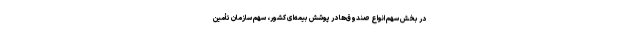
در بخش سهم انواع صندوق‌ها در پوشش بیمه‌ای کشور، سهم سازمان تأمین